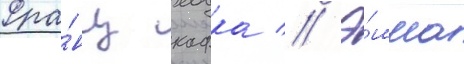
Фра́нц кафка // Э́мма